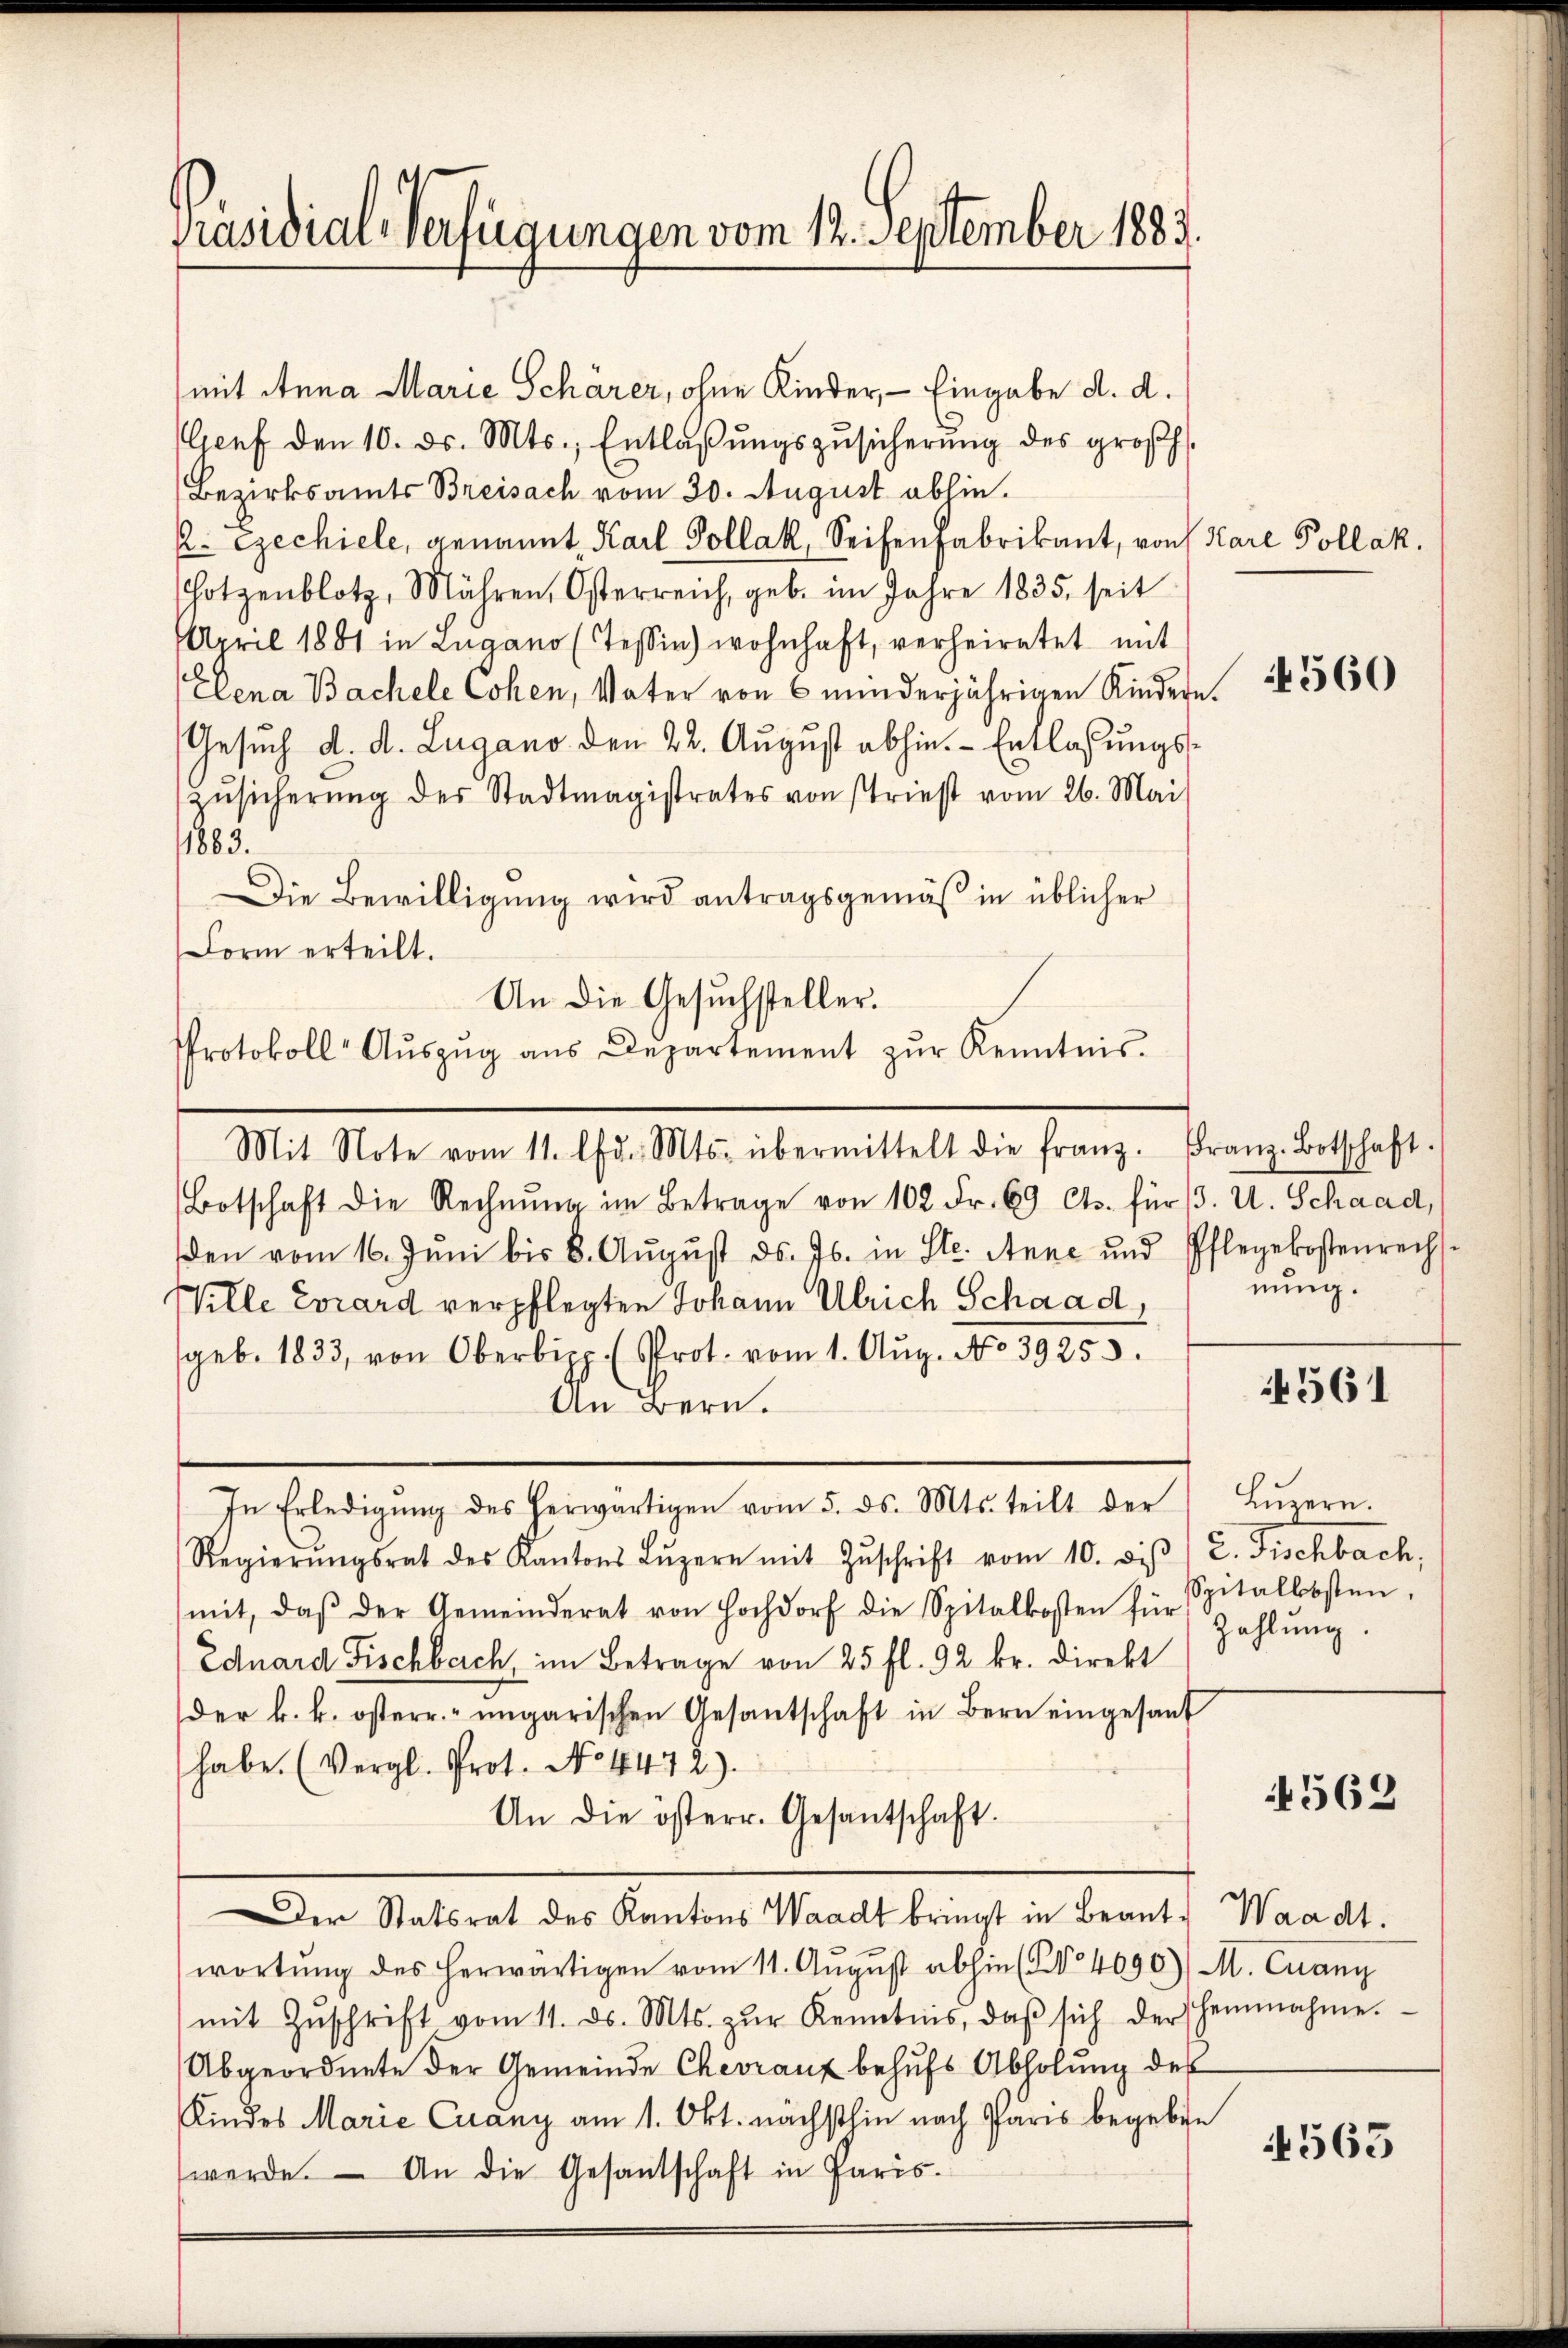
Präsidial-Verfügungen vom 12. September 1883.

(mit Anna Marie Schärer, ohne Kinder, — Eingabe d. d.
Genf den 10. ds. Mts., Entlaβŭngszŭsicherŭng des großh.
Bezirksamts Breisach vom 30. August abhin.
K. Ezechiele, genannt Karl Pollak, Seifenfabrikant, von Karl Pollak,
Hotzenblotz, Mähren, Osterreich, geb. im Jahre 1835. seit
April 1881 in Lugano (Tessin) wohnhaft, verheiratet mit
Elena Bachele Cohen, Vater von 6 minderjährigen Kindern.
Gesuch d. d. Lugano den 22. August abhin. - Entlassungs¬
Zŭsicherŭng des Stadtmagistrates von striest vom 26. Mai
1883.
Die Bewilligung wird antragsgemäß in üblicher
Form erteilt.
An die Gesuchsteller.
Protokoll Aŭszŭg aŭs Departement zŭr Kenntnis.
Botschaft die Rechnŭng im Betrage von 102 Fr. 69 Cts. für 3. U. Schaad,
den vom 16. Jŭni bis 8. Aŭgŭst ds. Js. in Ste. Anne und Pflegekostenrechs-
Wille Evrard verpflegten Johann Ulrich Schaad,
geb. 1833, von Oberbipp. (Prot. vom 1. Aŭg. No 3925.
An Bern.
In Erledigŭng des herwärtigen vom 5. ds. Mts. teilt der Lŭzern.
Regierŭngsrat des Kantons Lŭzern mit Zŭschrift vom 10. diβ L. Fischbach,
mit, daβ der Gemeinderat von Hochdorf die Spitalkosten für zahlŭng.
Eduard Fischberch, im Betrage von 25 fl. 92 kr. direkt
der k. k. österr. ungarischen Gesantschaft in Bern eingesand
habe. (Vergl. Prot. No 4472).
An die österr. Gesantschaft.
Der Statsrat des Kantons Waadt bringt in Beant. Waadt.
wortŭng des herwärtigen vom 11. August abhin (No 4090), M. Cuany
mit Zŭschrift vom 11. ds. Mts. zŭr Kenntnis, daβ sich der Heinnahme.
Abgeordnete der Gemeinde Chevaux behufs Abholung des
Kindes Marie Cuany am 1. Okt. nächsthin nach Paris begeben
werde. — An die Gesantschaft in Paris.

Mit Note vom 11. lfd. Mts. übermittelt die franz. Franz Botschaft.

4560

nung.

4561

Spitalkosten.

4562

563